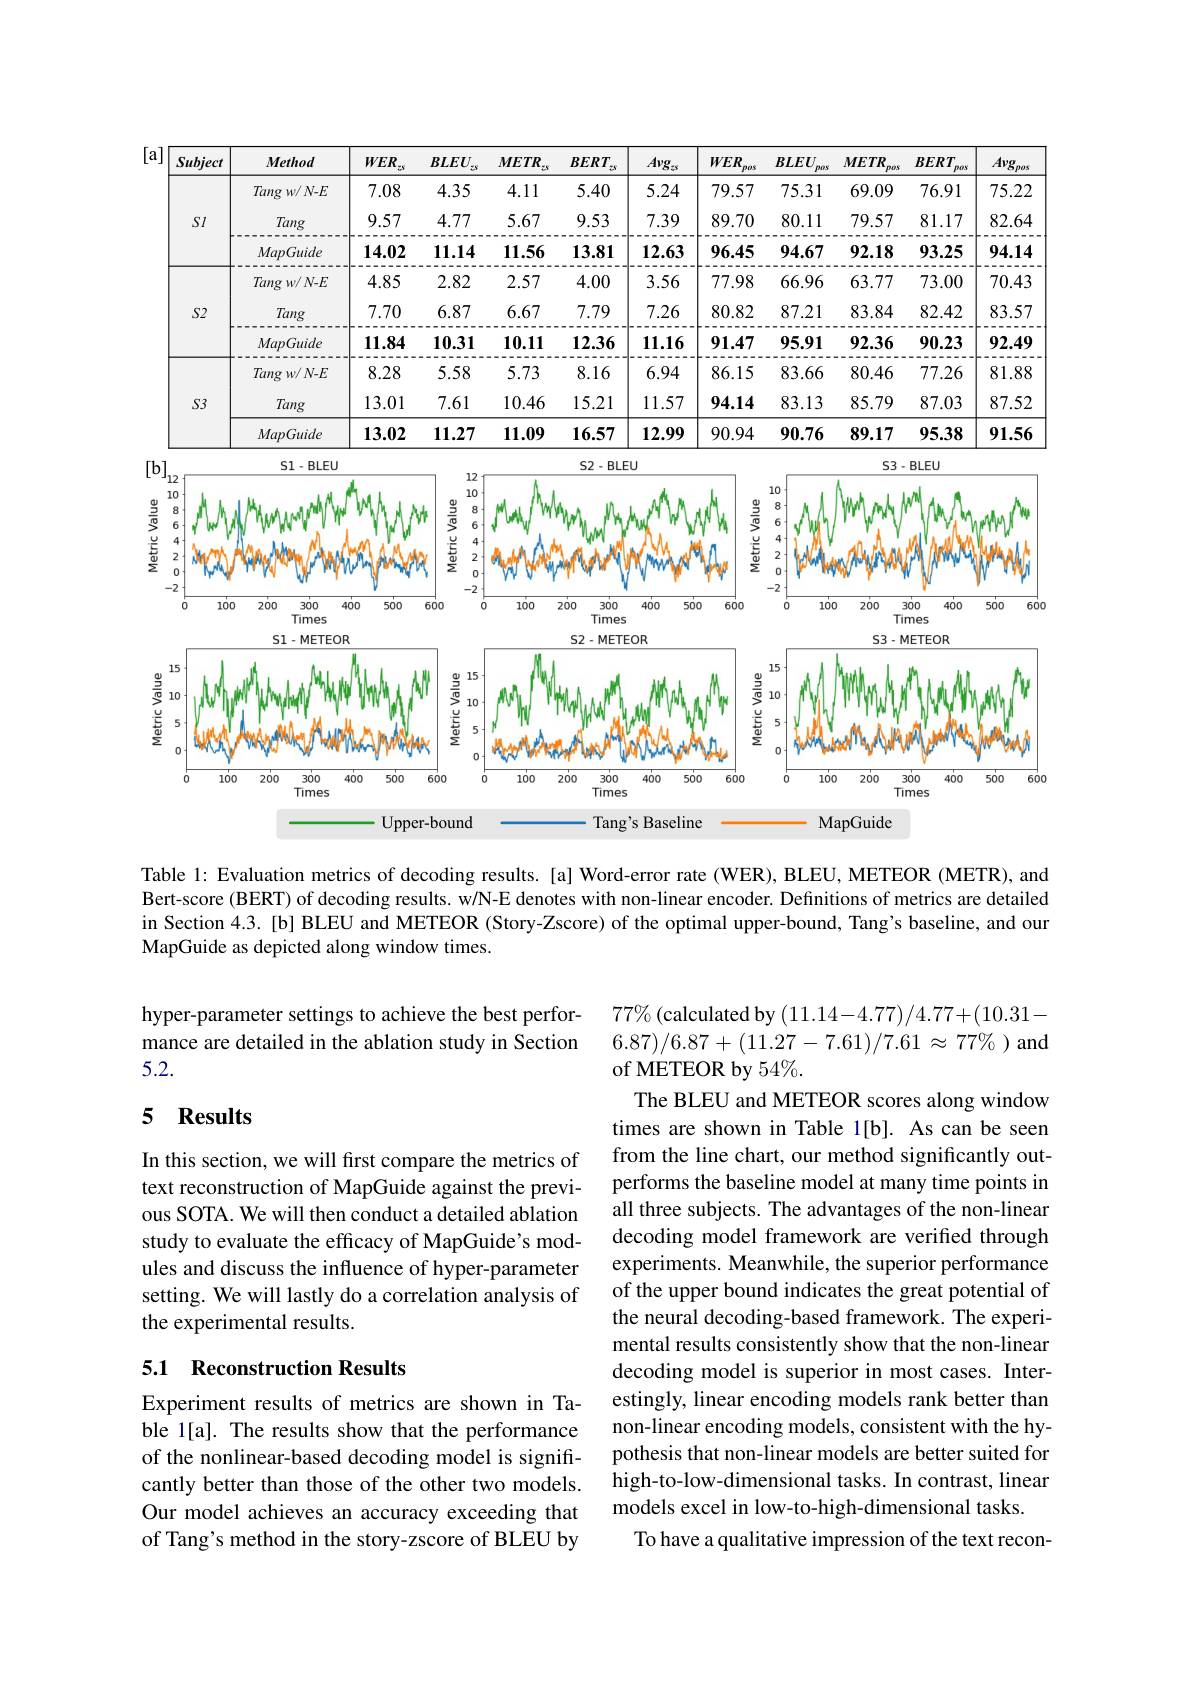
<table>
	<tbody>
		<tr>
			<th>Subject</th>
			<th>Method</th>
			<th>$WER_{zs}$</th>
			<th>$BLEU_{zs}$</th>
			<th>$METR_{zs}$</th>
			<th>$BERT_{z}$ 25</th>
			<th>$Avg_{zs}$</th>
			<th>$WER_{pos}$</th>
			<th>$BLEU_{pos}$</th>
			<th>$METR_{pos}$</th>
			<th>$BERT_{f}$ pos</th>
			<th>$Avg_{pos}$</th>
		</tr>
		<tr>
			<td rowspan="3">$SI$</td>
			<td>$Tangw/N-E$</td>
			<td>7.08</td>
			<td>4.35</td>
			<td>4.11</td>
			<td>5.40</td>
			<td>5.24</td>
			<td>79.57</td>
			<td>75.31</td>
			<td>69.09</td>
			<td>76.91</td>
			<td>75.22</td>
		</tr>
		<tr>
			<td>Tang</td>
			<td>9.57</td>
			<td>4.77</td>
			<td>5.67</td>
			<td>9.53</td>
			<td>7.39</td>
			<td>89.70</td>
			<td>80.11</td>
			<td>79.57</td>
			<td>81.17</td>
			<td>82.64</td>
		</tr>
		<tr>
			<td>THERERE MapGuide</td>
			<td>- 14.02</td>
			<td>- 11.14</td>
			<td>1 - 11.56</td>
			<td>JI - 1 1 13.81</td>
			<td>900 - - - 12.63</td>
			<td>-00 - 96.45</td>
			<td>- - 94.67</td>
			<td>9 92.18</td>
			<td>- - 93.25</td>
			<td>- 94.14</td>
		</tr>
		<tr>
			<td rowspan="3">$S2$</td>
			<td>$Tangw/N-E$</td>
			<td>100 4.85</td>
			<td> 2.82</td>
			<td>Prermenteren 2.57</td>
			<td>Prermentent 4.00</td>
			<td>10 3.56</td>
			<td>100 77.98</td>
			<td>P 66.96</td>
			<td> 一一 - 一 63.77</td>
			<td>P 73.00</td>
			<td>一 - 70.43</td>
		</tr>
		<tr>
			<td>Tang</td>
			<td>7.70</td>
			<td></td>
			<td></td>
			<td>7.79</td>
			<td></td>
			<td>80.82</td>
			<td>87.21</td>
			<td>83.84</td>
			<td>82.42</td>
			<td>83.57</td>
		</tr>
		<tr>
			<td>MapGuide</td>
			<td>11.84</td>
			<td>10.31</td>
			<td>10.11</td>
			<td>12.36</td>
			<td>11.16</td>
			<td>91.47</td>
			<td>95.91</td>
			<td>92.36</td>
			<td>90.23</td>
			<td>92.49</td>
		</tr>
		<tr>
			<td rowspan="3">$S3$</td>
			<td>$Tangw/N-E$</td>
			<td>Pomment 8.28</td>
			<td>P 5.58</td>
			<td>100 5.73</td>
			<td>Prermenten 8.16</td>
			<td>Tommenn 6.94</td>
			<td>100 - - 86.15</td>
			<td> 83.66</td>
			<td> 80.46</td>
			<td> 77.26</td>
			<td>- - - 81.88</td>
		</tr>
		<tr>
			<td>Tang</td>
			<td>13.01</td>
			<td>7.61</td>
			<td>10.46</td>
			<td>15.21</td>
			<td>11.57</td>
			<td>94.14</td>
			<td>83.13</td>
			<td>85.79</td>
			<td>87.03</td>
			<td>87.52</td>
		</tr>
		<tr>
			<td>MapGuide</td>
			<td>13.02</td>
			<td>11.27</td>
			<td>11.09</td>
			<td>16.57</td>
			<td>12.99</td>
			<td>90.94</td>
			<td>90.76</td>
			<td>89.17</td>
			<td>95.38</td>
			<td>91.56</td>
		</tr>
	</tbody>
</table>

<FigureHere>

Table l: Evaluation metrics of decoding results. [a] Word-error rate (WER), BLEU, METEOR (METR), and Bert-score (BERT) of decoding results. w/N-E denotes with non-linear encoder. Definitions of metrics are detailed in Section 4.3.[b] BLEU and METEOR (Story-Zscore) of the optimal upper-bound, Tang's baseline, and our MapGuide as depicted along window times.

hyper-parameter settings to achieve the best performance are detailed in the ablation study in Section 5.2.

## 5 Results

In this section, we will first compare the metrics of text reconstruction of MapGuide against the previous SOTA. We will then conduct a detailed ablation study to evaluate the efficacy of MapGuide's modules and discuss the influence of hyper-parameter setting. We will lastly do a correlation analysis of the experimental results.

$77\%$ (calculated by (11.14-4.77)/4.77+(10.31- $6.87)/6.87+(11.27-7.61)/7.61\approx77\%$)and of METEOR by 54%.
The BLEU and METEOR scores along window times are shown in Table 1[b]. As can be seen from the line chart, our method significantly outperforms the baseline model at many time points in all three subjects. The advantages of the non-linear decoding model framework are verified through experiments. Meanwhile, the superior performance of the upper bound indicates the great potential of the neural decoding-based framework. The experimental results consistently show that the non-linear decoding model is superior in most cases. Interestingly, linear encoding models rank better than non-linear encoding models, consistent with the hypothesis that non-linear models are better suited for high-to-low-dimensional tasks. In contrast, linear models excel in low-to-high-dimensional tasks.
To have a qualitative impression of the text recon-

### 5.1 Reconstruction Results

Experiment results of metrics are shown in Table 1[a]. The results show that the performance of the nonlinear-based decoding model is significantly better than those of the other two models. Our model achieves an accuracy exceeding that of Tang's method in the story-zscore of BLEU by